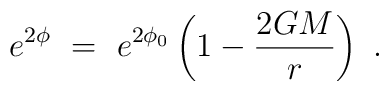
e^{2\phi}~=~e^{2\phi_0}\left(1-\frac{2GM}{r}\right)~.